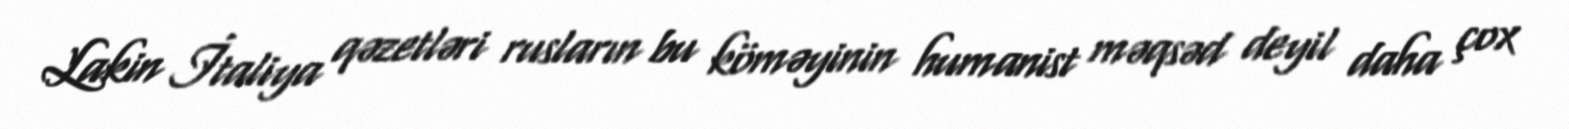
Lakin İtaliya qəzetləri rusların bu köməyinin humanist məqsəd deyil daha çox